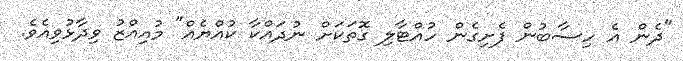
"ދެން އެ ހިސާބުން ފެށިގެން ހުއްޓާލި ގޮތަކަށް ނުދައްކާ ކުއްޔެއް" މުއިއްޒު ވިދާޅުވިއެވެ.